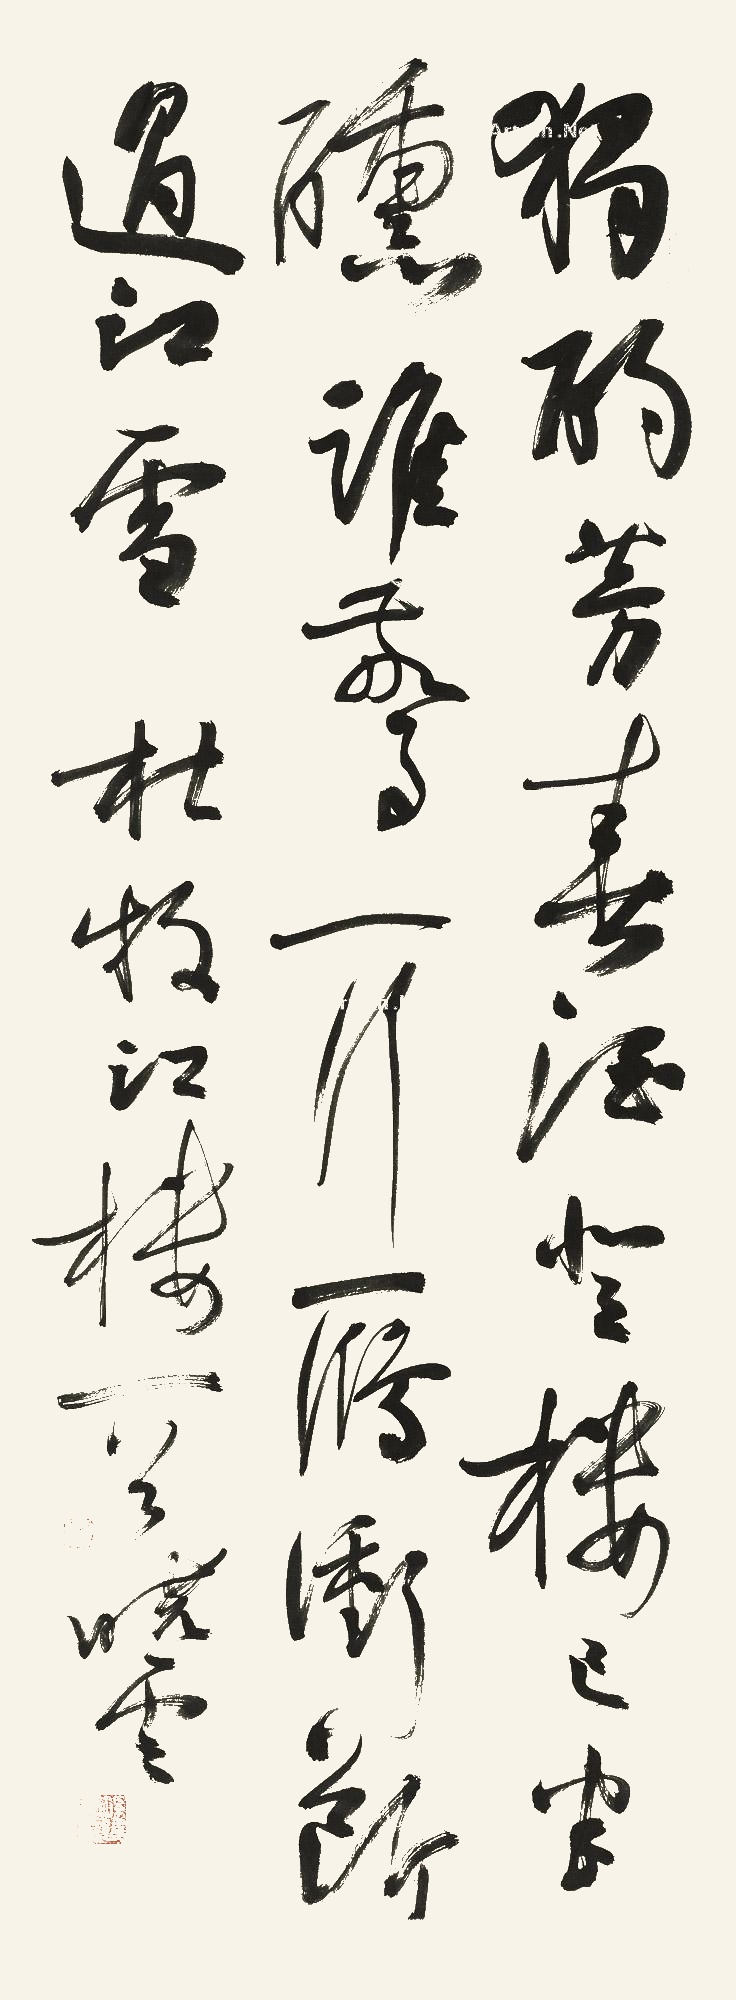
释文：独酌芳春酒，登楼已半曛。谁惊一行雁，冲断过江云。杜牧《江楼》一首，晓云。